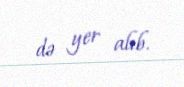
də yer alıb.